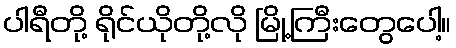
ပါရီတို့ ရိုင်ယိုတို့လို မြို့ကြီးတွေပေါ့။